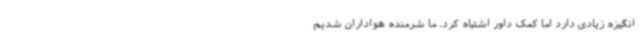
انگیزه زیادی دارد اما کمک داور اشتباه کرد. ما شرمنده هواداران شدیم